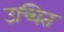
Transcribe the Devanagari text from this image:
उच्चित